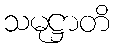
သမုဋ္ဌာတိ